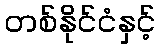
တစ်နိုင်ငံနှင့်